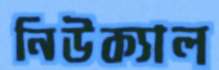
নিউক্যাল